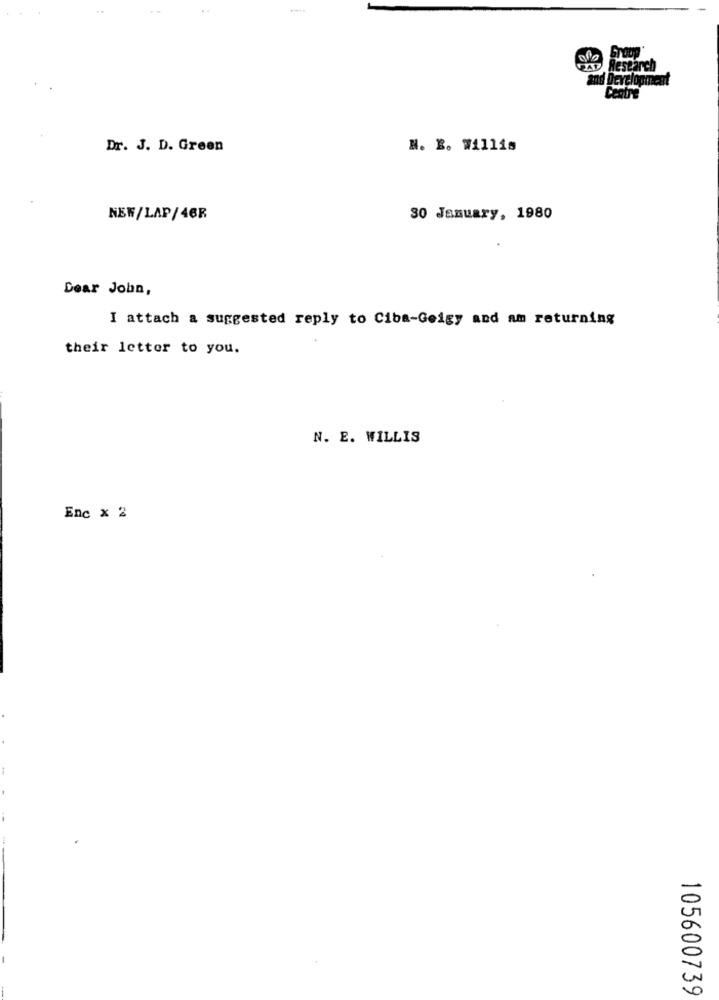
Research
and Development
Centre
Dr. J. D. Green
N. B. Willis
NEW/LAP/46R
30 January, 1980
Dear John,
I attach a suggested reply to Ciba-Geigy and am returning
their letter to you.
N. E. WILLIS
Enc x 2
105600739